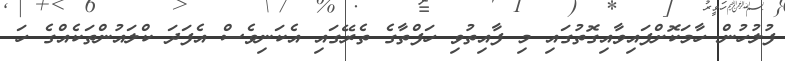
ފުލުހުން ހާމަކޮށްފައިވާއިގޮތުގައި މި ފާއިތުވި ހަފްތާގެ ތެރޭގައި އެކަނިވެސް އެފަދަ ކްލައުންތަކެއްގެ ހަ